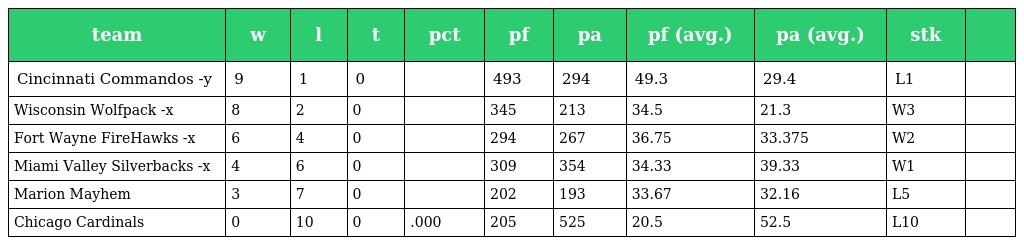
| team | w | l | t | pct | pf | pa | pf (avg.) | pa (avg.) | stk |  |
 | --- | --- | --- | --- | --- | --- | --- | --- | --- | --- | --- |
 | Cincinnati Commandos -y | 9 | 1 | 0 |  | 493 | 294 | 49.3 | 29.4 | L1 |  |
 | Wisconsin Wolfpack -x | 8 | 2 | 0 |  | 345 | 213 | 34.5 | 21.3 | W3 |  |
 | Fort Wayne FireHawks -x | 6 | 4 | 0 |  | 294 | 267 | 36.75 | 33.375 | W2 |  |
 | Miami Valley Silverbacks -x | 4 | 6 | 0 |  | 309 | 354 | 34.33 | 39.33 | W1 |  |
 | Marion Mayhem | 3 | 7 | 0 |  | 202 | 193 | 33.67 | 32.16 | L5 |  |
 | Chicago Cardinals | 0 | 10 | 0 | .000 | 205 | 525 | 20.5 | 52.5 | L10 |  |